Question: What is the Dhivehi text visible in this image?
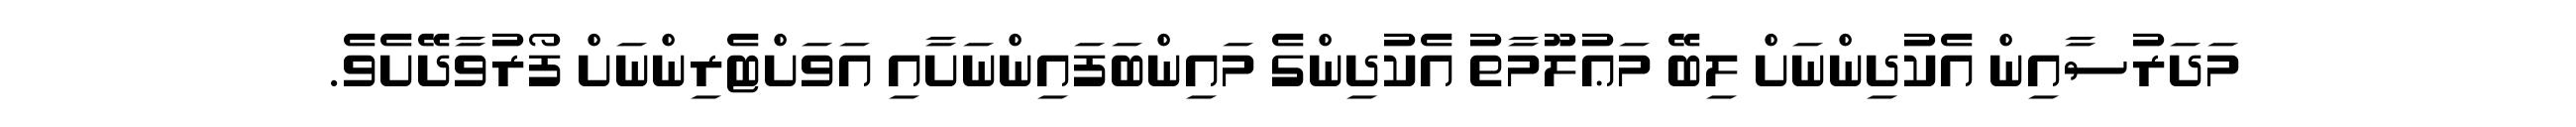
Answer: މަދަރުސާއިން އެކުދިންނަށް ލިބޭ މަޢުލޫމާތު އެކުދިންގެ މައިންބަފައިންނަށާއި އަވަށްޓެރިންނަށް ފޯރުވާދޭށެވެ.